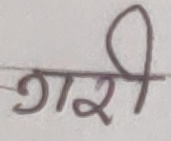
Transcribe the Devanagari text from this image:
गरी